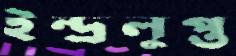
ইন্দ্রলুপ্ত